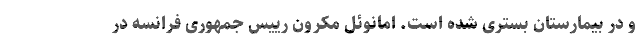
و در بیمارستان بستری شده است. امانوئل مکرون رییس جمهوری فرانسه در